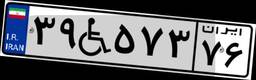
۳۹W۵۷۳۷۶